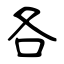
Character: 各